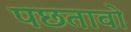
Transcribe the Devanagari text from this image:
पछतावो